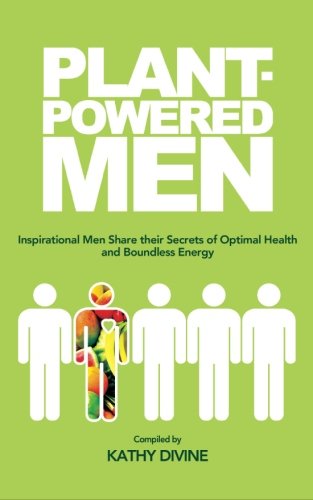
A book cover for Plant-powered Men: Inspirational Men Share their Secrets of Optimal Health and Boundless Energy; Kathy Divine; Health, Fitness & Dieting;